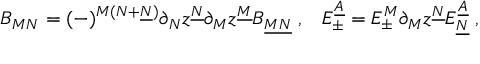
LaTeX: B _ { M N } = ( - ) ^ { M ( N + \underline { { { N } } } ) } \partial _ { N } z ^ { \underline { { { N } } } } \partial _ { M } z ^ { \underline { { { M } } } } B _ { \underline { { { M N } } } } \; , \; \; \; E _ { \pm } ^ { \underline { { { A } } } } = E _ { \pm } ^ { M } \partial _ { M } z ^ { \underline { { { N } } } } E _ { \underline { { { N } } } } ^ { \underline { { { A } } } } \; ,